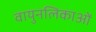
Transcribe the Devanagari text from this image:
वायुनलिकाओं